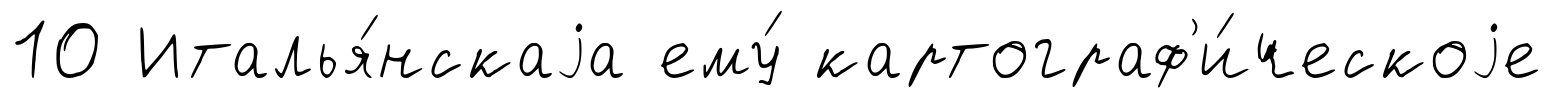
10 Италья́нскаjа ему́ картограф'и́ческоjе